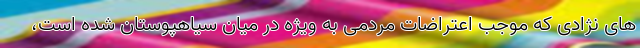
های نژادی که موجب اعتراضات مردمی به ویژه در میان سیاهپوستان شده است،